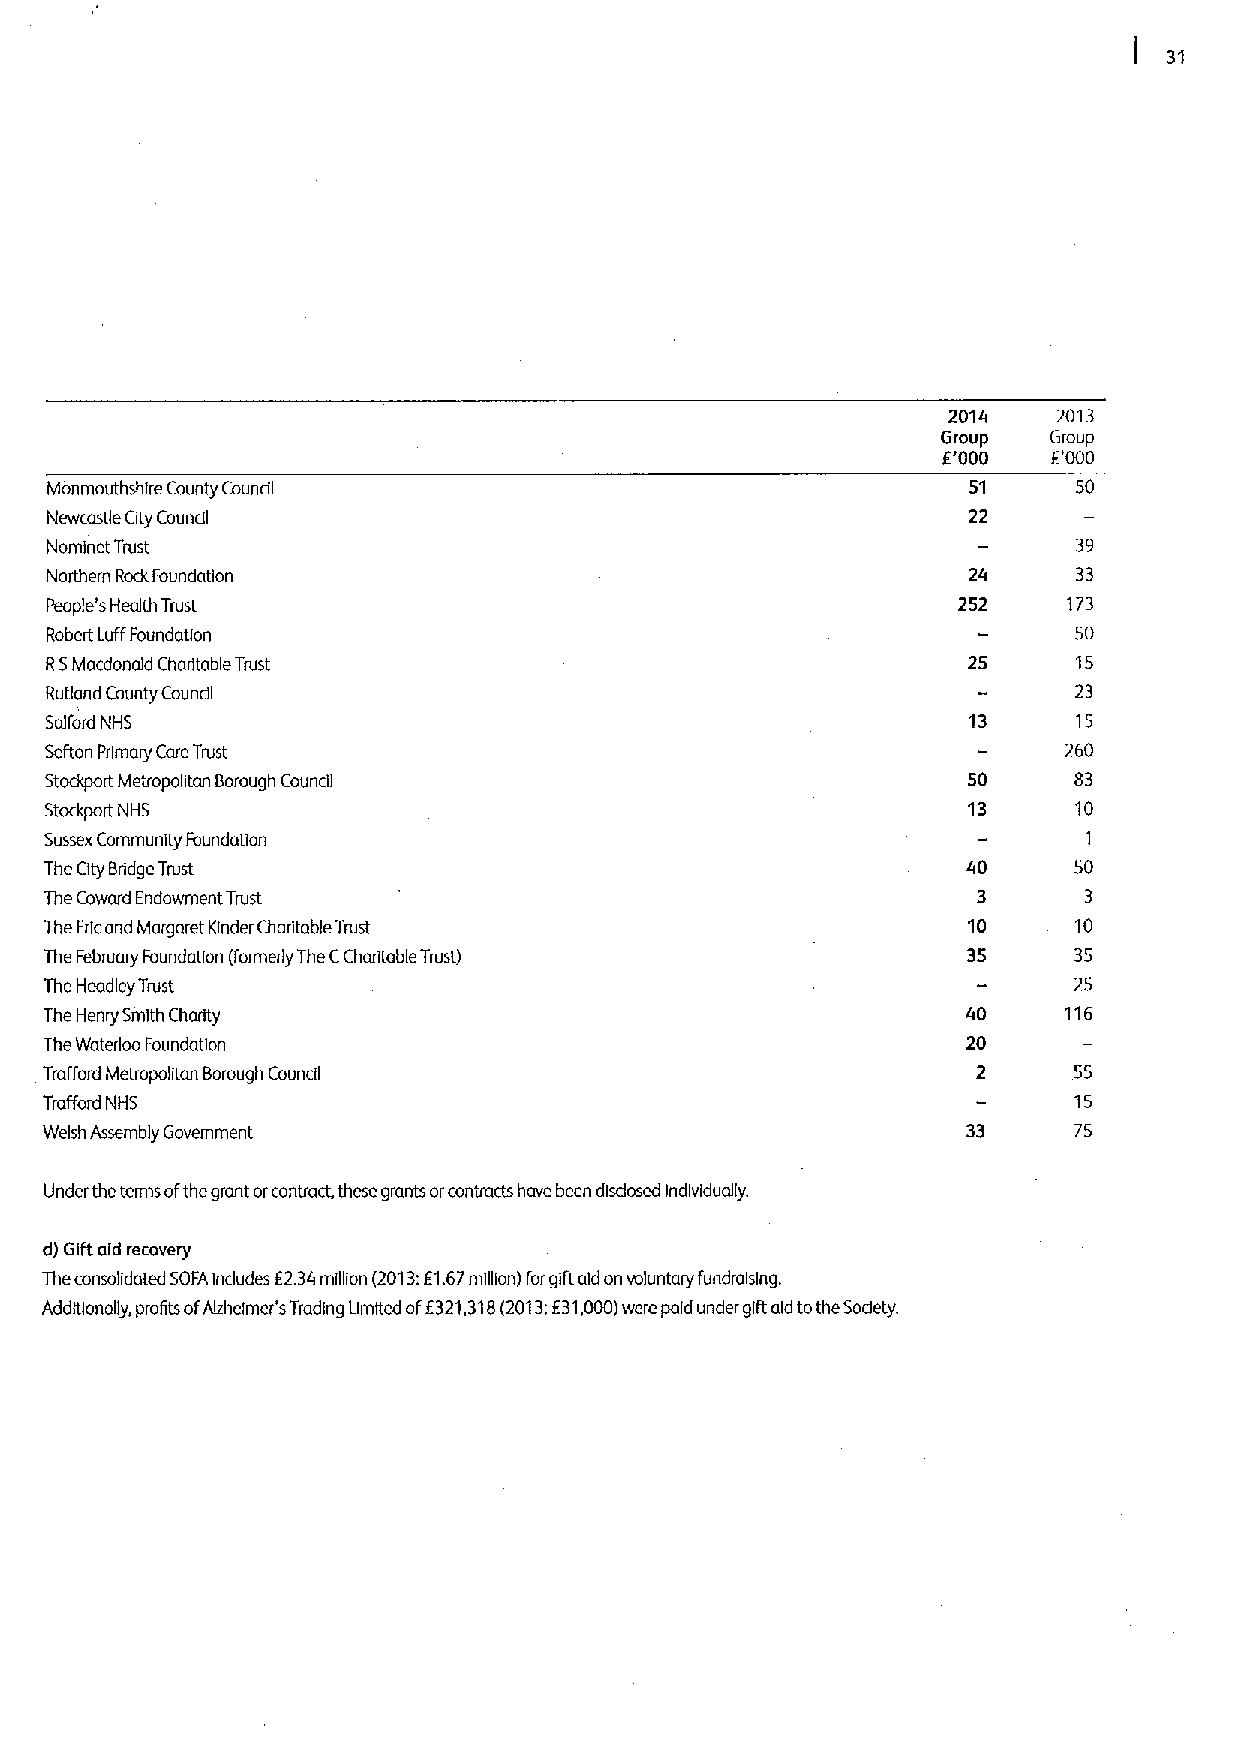
2014   2013
 Group  Group
 E'000   E'000
 Monmouthshlre County Council                                 51     50
 Newcastle City Coundl                                        22
 Nominet Trust                                                       39
 Northern RockFoundation                                             33
 People's Health Trust                                       252     173
 Robert LuffFoundation                                               50
 R5Macdonald Charitable Trust                                 25     15
 Rutland Caunty Coundl                                               23
 Salford NHS                                                  13     15
 Sefton Primary CareTrust                                            260
 Stockport Metropolitan Borough Council                       50     83
 Stockport NH5                                                13     10
 Sussex Community Foundation                                          1
 The City Bridge Trust                                        40     50
 The Coward Endowment Trust                                           3
 The Ericand Margaret Kinder Charitable Trust                 10     10
 The February Foundation (formerly The CCharitable Trust)     35     35
 The Headley Trust                                                   25
 The Henry Smith Charity                                      40    116
 TheWaterloo Foundation                                       20
 Trafford Metropolitan Borough Council                               55
 Trafford NHS                                                        15
 Welsh Assembly Government                                    33     75
 Under the terms ofthe grant orcontract, these grants orcontracts have been dlsdosed Individually.
 d) Gift aid recovery
 Theconsolidated SOFAincludes E234million (2013;E1.67million) i'orgiftaid onvoluntary fundralslng.
 Additionally, profits ofAlzhermer's Trading Limited ofE321,318(2013:631000)were paid under gift aid tothe Sodety.